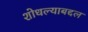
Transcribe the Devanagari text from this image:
शोधल्याबद्दल